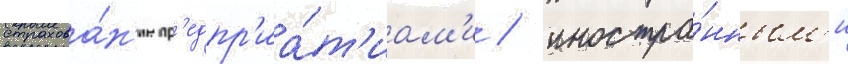
страхова́н'ие пр'едпр'иа́т'иам'и / иностра́нным'и